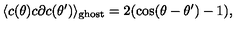
\langle c ( \theta ) c \partial c ( \theta ^ { \prime } ) \rangle _ { \mathrm { g h o s t } } = 2 ( \cos ( \theta - \theta ^ { \prime } ) - 1 ) ,